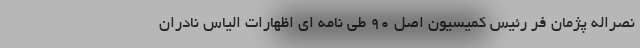
نصراله پژمان فر رئیس کمیسیون اصل ۹۰ طی نامه ای اظهارات الیاس نادران